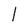
Character: 1